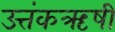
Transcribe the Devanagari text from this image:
उत्तंकऋषी